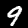
Digit: 9